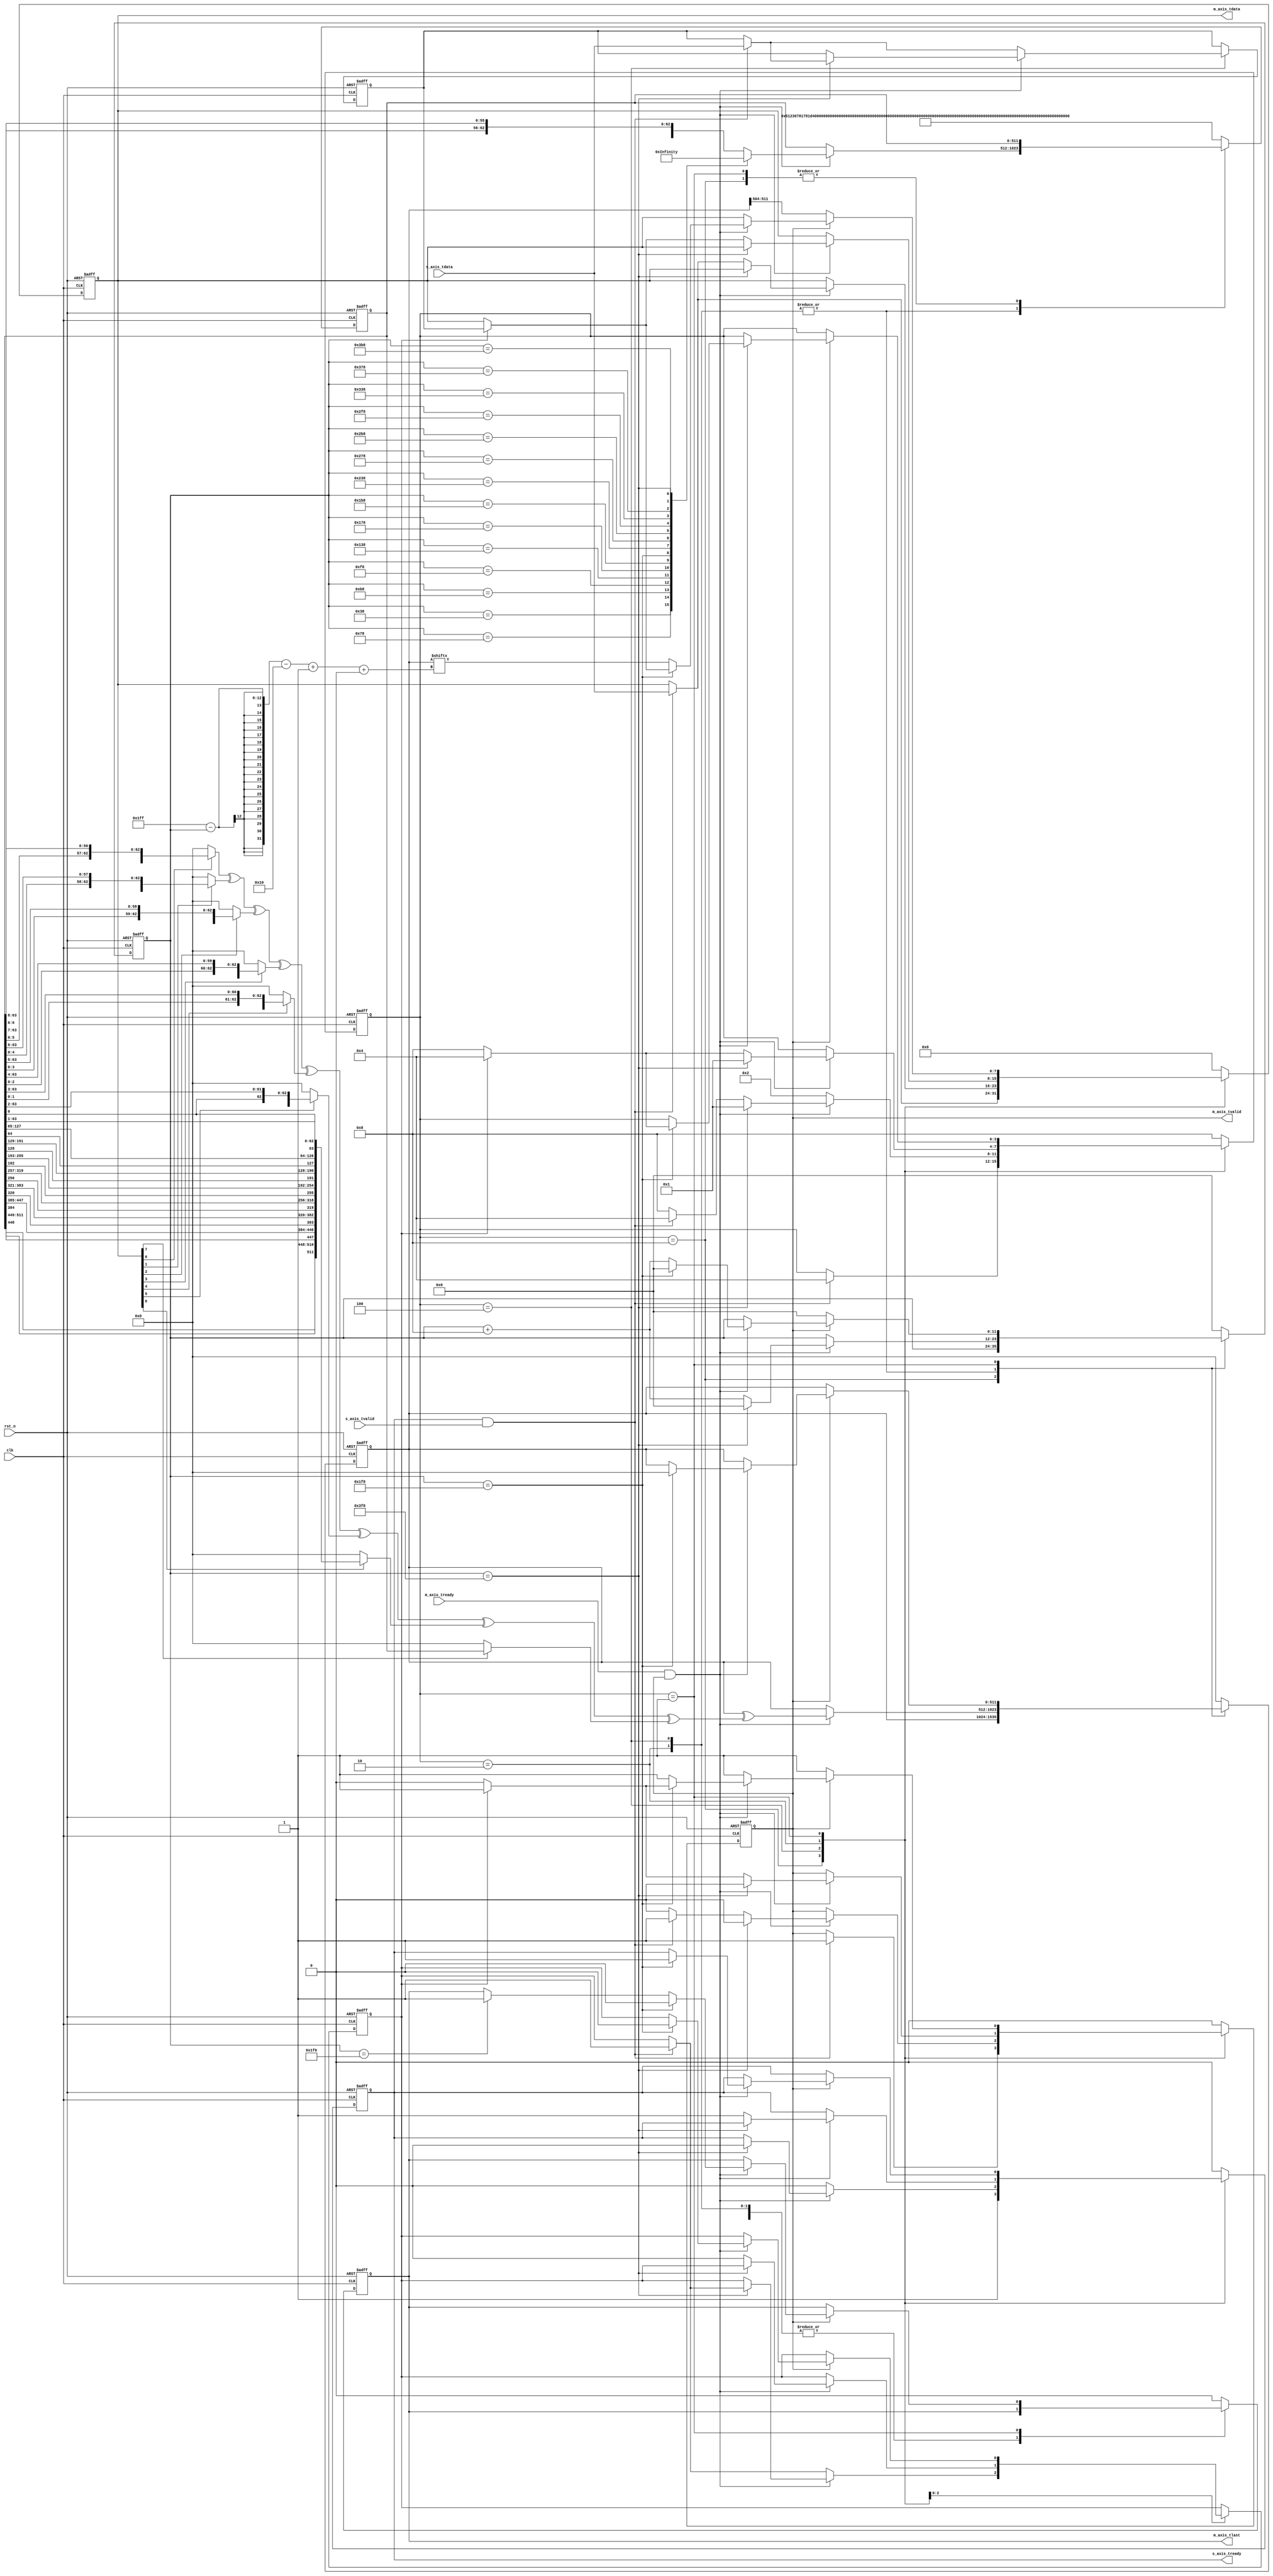
/*************************************************************/
//function: CCSDS-(1536,1024)LDPC
//Data    : 2024.1.24
//Version : V 1.0
/*************************************************************/
`timescale 1 ns / 1 ps

module encoder_1536_1024 (clk,rst_n,s_axis_tdata,s_axis_tvalid,s_axis_tready,m_axis_tdata,m_axis_tvalid,m_axis_tlast,m_axis_tready);
/************************************************************************************************/
parameter width = 8; /*12481632*/
localparam n = 1536;
localparam k = 1024;
localparam sub_size = 64;
localparam G1_1 = 64'h51236781781D416A;
localparam G1_2 = 64'hB0C8419FA21559A8;
localparam G1_3 = 64'h5F14E1E4D88726F1;
localparam G1_4 = 64'h762F6ED6CF32F06D;
localparam G1_5 = 64'h8ABFD971E17A0BE9;
localparam G1_6 = 64'hA5D147741B698D14;
localparam G1_7 = 64'h2A58AB30E2BC32D3;
localparam G1_8 = 64'h9F251FBC5DB8C768;
localparam G2_1 = 64'hD73C205BBEB231CB;
localparam G2_2 = 64'hCAB5EFF5B2C76C71;
localparam G2_3 = 64'hFA70FAD48828355F;
localparam G2_4 = 64'h68C6138FA5524A61;
localparam G2_5 = 64'hBB20031D7AA8FE69;
localparam G2_6 = 64'h432ADE446F49CE27;
localparam G2_7 = 64'h5E5DB9CCCEBD1326;
localparam G2_8 = 64'hE8782B1B01F2ABA2;
localparam G3_1 = 64'h4748E9513B41147A;
localparam G3_2 = 64'h17B1FBB78B4F914C;
localparam G3_3 = 64'h281F5680BA56DE50;
localparam G3_4 = 64'h74B0FB0817E33E2B;
localparam G3_5 = 64'hDD166CFB774B5959;
localparam G3_6 = 64'hAC7FDCEA4FECB5BE;
localparam G3_7 = 64'hED747C81B540D66A;
localparam G3_8 = 64'hB2A6A2039A87967F;
localparam G4_1 = 64'h4780DCB2DC5CBFAE;
localparam G4_2 = 64'h55BC8FF84EC89440;
localparam G4_3 = 64'hE5D411223F09979F;
localparam G4_4 = 64'hDDDE9D940A15A801;
localparam G4_5 = 64'h194064639D254969;
localparam G4_6 = 64'h1BE32DDC829B0032;
localparam G4_7 = 64'h1326515A22EE88A2;
localparam G4_8 = 64'h0EC664DD2D701891;
localparam G5_1 = 64'h69748DFE6372F2EF;
localparam G5_2 = 64'h15F3B0D400ACD68A;
localparam G5_3 = 64'hCF4144CE1FE2581C;
localparam G5_4 = 64'h79B1A55BA59E54AE;
localparam G5_5 = 64'h65A2B47EEBAB0CF3;
localparam G5_6 = 64'h24DD87572CB0F71D;
localparam G5_7 = 64'hF24ABF15590F4DA6;
localparam G5_8 = 64'h9C3BAE51969C6502;
localparam G6_1 = 64'hD3A714B60B22789B;
localparam G6_2 = 64'h3DF5504D80F54C5A;
localparam G6_3 = 64'h9D75CF1465031211;
localparam G6_4 = 64'h09834A0C9F659C99;
localparam G6_5 = 64'hB9241BDF76EB3788;
localparam G6_6 = 64'h6F927251C86DECF1;
localparam G6_7 = 64'h390BE9F5BBB93D05;
localparam G6_8 = 64'hC6F435BFA1FF96B6;
localparam G7_1 = 64'h222461B658DC3E91;
localparam G7_2 = 64'hB01DF2A2EAD2DAA6;
localparam G7_3 = 64'h5572EE6278F6F63A;
localparam G7_4 = 64'h17B63CB2FDA3B97F;
localparam G7_5 = 64'hB233BB259F3D83F7;
localparam G7_6 = 64'hF64760C774989384;
localparam G7_7 = 64'h46F57E03F55B1C0B;
localparam G7_8 = 64'h5AC8A6CEA05466C1;
localparam G8_1 = 64'hAE8825521F85CA31;
localparam G8_2 = 64'h37BEED74B5303407;
localparam G8_3 = 64'h751FC9A15FCEE486;
localparam G8_4 = 64'h93F0F69BD04E72A4;
localparam G8_5 = 64'hC0EBFA3F49DF4DBB;
localparam G8_6 = 64'h03E52D815DC99A1D;
localparam G8_7 = 64'h98FE8BF01BB2CD6D;
localparam G8_8 = 64'h009C5290D81A18F6;
localparam G9_1 = 64'h4FFBAD88545CAA95;
localparam G9_2 = 64'h0C74659FA4828CA3;
localparam G9_3 = 64'h60CE56E32DA28B2E;
localparam G9_4 = 64'h299D4BF82FE54B81;
localparam G9_5 = 64'h51047BE3B3AE4F4B;
localparam G9_6 = 64'hF3AC9578B9477A4C;
localparam G9_7 = 64'h3730F81F92767E11;
localparam G9_8 = 64'h04E84EC3A3AD1F19;
localparam G10_1 = 64'h2D0E0CAB8EDD2185;
localparam G10_2 = 64'hCEFBE8F2F538522A;
localparam G10_3 = 64'h92DAEDC22C441893;
localparam G10_4 = 64'hBCB999157B35619D;
localparam G10_5 = 64'h069951BFB90A08E1;
localparam G10_6 = 64'h54C7E270CBA1656E;
localparam G10_7 = 64'h7FBBB806B6A06FB3;
localparam G10_8 = 64'h7224943B1C3A5723;
localparam G11_1 = 64'h1BAA14752EFCEBC0;
localparam G11_2 = 64'hCFF0894975557623;
localparam G11_3 = 64'hFA95908DC3F34D48;
localparam G11_4 = 64'hFECA650999A26E91;
localparam G11_5 = 64'h245433EBBE9CDA13;
localparam G11_6 = 64'h5771EAFF9B02D8FC;
localparam G11_7 = 64'hBCEBCA573D3775C8;
localparam G11_8 = 64'h1E46F2B951D0EAAB;
localparam G12_1 = 64'h32942F7F4743DDF4;
localparam G12_2 = 64'h8FA2F60AD62095EF;
localparam G12_3 = 64'h80E4A736B5E1A3A3;
localparam G12_4 = 64'h0119062872DAEDF4;
localparam G12_5 = 64'hE78006958CD99F95;
localparam G12_6 = 64'hD20625057C99C7A3;
localparam G12_7 = 64'hB569736DE2167610;
localparam G12_8 = 64'h0E1C6183ADF09FD0;
localparam G13_1 = 64'hE5C492DBB48B319A;
localparam G13_2 = 64'hE2D83ADEFEBBDEFE;
localparam G13_3 = 64'hAA944EEA53C77DB3;
localparam G13_4 = 64'h0FAA85D9C13B1F73;
localparam G13_5 = 64'h8ACED57F3BE4E807;
localparam G13_6 = 64'h33CB72627624F426;
localparam G13_7 = 64'hA0C6E669B5C74980;
localparam G13_8 = 64'hABBAEFEA2D3B69AA;
localparam G14_1 = 64'hF8366DDAE56A6DDC;
localparam G14_2 = 64'hFDED5582F4EA6525;
localparam G14_3 = 64'h4C9628278ED17036;
localparam G14_4 = 64'h6E711B6D20A67966;
localparam G14_5 = 64'h3B28BDF004C21B93;
localparam G14_6 = 64'h1BC37B730FFC1786;
localparam G14_7 = 64'h5D20C81D345FE4B9;
localparam G14_8 = 64'h1D14A5663D369A93;
localparam G15_1 = 64'h5EBD4BD39B2217D0;
localparam G15_2 = 64'h56833BE1CDDBA6BC;
localparam G15_3 = 64'hB288169B4E3BB726;
localparam G15_4 = 64'hC2ED28FBFC395D1F;
localparam G15_5 = 64'h035B30C68F9A6B6F;
localparam G15_6 = 64'h539836A6E56A7B16;
localparam G15_7 = 64'hCEB1525C6ADB65A5;
localparam G15_8 = 64'h5F71754AA458B11A;
localparam G16_1 = 64'h0DB9D180B21C0B13;
localparam G16_2 = 64'h417D86C59DF33E49;
localparam G16_3 = 64'h183A8F6C44DAFA24;
localparam G16_4 = 64'h4E224C180C1F0B45;
localparam G16_5 = 64'hC93CD9CA23658555;
localparam G16_6 = 64'h7DDEC5E9451AD519;
localparam G16_7 = 64'hB122C72A6177EE99;
localparam G16_8 = 64'h1290B4C6B007D973;
/***********************************************************************************************************/
input clk;                             /**/
input rst_n;                           /**/

input [width-1:0] s_axis_tdata;        /**/
input s_axis_tvalid;                   /*,*/
output reg s_axis_tready;              /*,*/

output reg [width-1:0] m_axis_tdata;   /**/
output reg m_axis_tvalid;              /*,*/
output reg m_axis_tlast;               /*LDPC*/
input m_axis_tready;                   /*,*/



/************************************************LDPC************************************************/
localparam STATE_waiting_valid=4'b1000;  /*valid*/
localparam STATE_data_out=4'b0100;       /**/
localparam STATE_waiting_ready=4'b0010;  /*ready*/
localparam STATE_check_out=4'b0001;      /**/

reg [3:0] state;               /**/
reg [$clog2(n):0] in_out_cnt;  /*/*/
reg [n-k-1:0] g;               /**/
reg [n-k-1:0] check;           /**/
reg [width-1:0] s_tdata_reg;   /**/
reg reg_flag;                  /**/

wire [n-k-1:0] check_sub [width-1:0];
wire [n-k-1:0] check_reg;

assign check_sub[width-1]=m_axis_tdata[width-1]?g:0;
genvar i;
generate
for(i=0;i<=width-2;i=i+1)
begin
  assign check_sub[i]=m_axis_tdata[i]?({{g[sub_size*7+width-1-i-1:sub_size*7],g[sub_size*8-1:sub_size*7+width-1-i]},
                                        {g[sub_size*6+width-1-i-1:sub_size*6],g[sub_size*7-1:sub_size*6+width-1-i]},
                                        {g[sub_size*5+width-1-i-1:sub_size*5],g[sub_size*6-1:sub_size*5+width-1-i]},
                                        {g[sub_size*4+width-1-i-1:sub_size*4],g[sub_size*5-1:sub_size*4+width-1-i]},
                                        {g[sub_size*3+width-1-i-1:sub_size*3],g[sub_size*4-1:sub_size*3+width-1-i]},
                                        {g[sub_size*2+width-1-i-1:sub_size*2],g[sub_size*3-1:sub_size*2+width-1-i]},
                                        {g[sub_size*1+width-1-i-1:sub_size*1],g[sub_size*2-1:sub_size*1+width-1-i]},
                                        {g[sub_size*0+width-1-i-1:sub_size*0],g[sub_size*1-1:sub_size*0+width-1-i]}}):0;
end
endgenerate

generate
if(width==1)
  assign check_reg=check_sub[0];
else if(width==2)
  assign check_reg=check_sub[0]^check_sub[1];
else if(width==4)
  assign check_reg=check_sub[0]^check_sub[1]^check_sub[2]^check_sub[3];
else if(width==8)
  assign check_reg=check_sub[0]^check_sub[1]^check_sub[2]^check_sub[3]^check_sub[4]^check_sub[5]^check_sub[6]^check_sub[7];
else if(width==16)
  assign check_reg=check_sub[0]^check_sub[1]^check_sub[2]^check_sub[3]^check_sub[4]^check_sub[5]^check_sub[6]^check_sub[7]^check_sub[8]^check_sub[9]^check_sub[10]^check_sub[11]^check_sub[12]^check_sub[13]^check_sub[14]^check_sub[15];
else
  assign check_reg=check_sub[0]^check_sub[1]^check_sub[2]^check_sub[3]^check_sub[4]^check_sub[5]^check_sub[6]^check_sub[7]^check_sub[8]^check_sub[9]^check_sub[10]^check_sub[11]^check_sub[12]^check_sub[13]^check_sub[14]^check_sub[15]^check_sub[16]^check_sub[17]^check_sub[18]^check_sub[19]^check_sub[20]^check_sub[21]^check_sub[22]^check_sub[23]^check_sub[24]^check_sub[25]^check_sub[26]^check_sub[27]^check_sub[28]^check_sub[29]^check_sub[30]^check_sub[31];
endgenerate

always@(posedge clk or negedge rst_n)
begin
  if(!rst_n)
    begin
      in_out_cnt<=0;
      g<={G1_1,G1_2,G1_3,G1_4,G1_5,G1_6,G1_7,G1_8};
      check<=0;
      s_axis_tready<=0;
      s_tdata_reg<=0;
      reg_flag<=0;
      m_axis_tdata<=0;
      m_axis_tvalid<=0;
      m_axis_tlast<=0;
      state<=STATE_waiting_valid;
    end
  else
    begin
      case(state)
        STATE_waiting_valid : begin
                                s_axis_tready<=1;
                                if(s_axis_tready&&s_axis_tvalid) /*valid*/
                                  begin
                                    m_axis_tdata<=s_axis_tdata;
                                    m_axis_tvalid<=1;
                                    state<=STATE_data_out;
                                  end
                              end

        STATE_data_out : begin
                           if(m_axis_tready&&m_axis_tvalid)
                             begin
                               check<=check^check_reg; /**/
                               if(in_out_cnt==k-width) /**/
                                 begin
                                   in_out_cnt<=0;
                                   s_axis_tready<=0;
                                   m_axis_tdata<=m_axis_tdata;
                                   m_axis_tvalid<=0;
                                   state<=STATE_check_out;
                                   if(s_axis_tready&&s_axis_tvalid) /*,;,*/
                                     begin
                                       s_tdata_reg<=s_axis_tdata;
                                       reg_flag<=1;
                                     end
                                 end
                               else
                                 begin
                                   in_out_cnt<=in_out_cnt+width;
                                   if(s_axis_tready&&s_axis_tvalid) /*,,*/
                                     begin
                                       m_axis_tdata<=s_axis_tdata;
                                       m_axis_tvalid<=1;
                                       state<=STATE_data_out;
                                     end
                                   else
                                     begin
                                       m_axis_tdata<=m_axis_tdata;
                                       m_axis_tvalid<=0;
                                       state<=STATE_waiting_valid;
                                     end
                                 end
                               case(in_out_cnt)
                                 sub_size*1-width : g<={G2_1,G2_2,G2_3,G2_4,G2_5,G2_6,G2_7,G2_8};
                                 sub_size*2-width : g<={G3_1,G3_2,G3_3,G3_4,G3_5,G3_6,G3_7,G3_8};
                                 sub_size*3-width : g<={G4_1,G4_2,G4_3,G4_4,G4_5,G4_6,G4_7,G4_8};
                                 sub_size*4-width : g<={G5_1,G5_2,G5_3,G5_4,G5_5,G5_6,G5_7,G5_8};
                                 sub_size*5-width : g<={G6_1,G6_2,G6_3,G6_4,G6_5,G6_6,G6_7,G6_8};
                                 sub_size*6-width : g<={G7_1,G7_2,G7_3,G7_4,G7_5,G7_6,G7_7,G7_8};
                                 sub_size*7-width : g<={G8_1,G8_2,G8_3,G8_4,G8_5,G8_6,G8_7,G8_8};
                                 sub_size*8-width : g<={G9_1,G9_2,G9_3,G9_4,G9_5,G9_6,G9_7,G9_8};
                                 sub_size*9-width : g<={G10_1,G10_2,G10_3,G10_4,G10_5,G10_6,G10_7,G10_8};
                                 sub_size*10-width: g<={G11_1,G11_2,G11_3,G11_4,G11_5,G11_6,G11_7,G11_8};
                                 sub_size*11-width: g<={G12_1,G12_2,G12_3,G12_4,G12_5,G12_6,G12_7,G12_8};
                                 sub_size*12-width: g<={G13_1,G13_2,G13_3,G13_4,G13_5,G13_6,G13_7,G13_8};
                                 sub_size*13-width: g<={G14_1,G14_2,G14_3,G14_4,G14_5,G14_6,G14_7,G14_8};
                                 sub_size*14-width: g<={G15_1,G15_2,G15_3,G15_4,G15_5,G15_6,G15_7,G15_8};
                                 sub_size*15-width: g<={G16_1,G16_2,G16_3,G16_4,G16_5,G16_6,G16_7,G16_8};
                                 sub_size*16-width: g<={G1_1,G1_2,G1_3,G1_4,G1_5,G1_6,G1_7,G1_8};
                                 default : g<={{g[sub_size*7+width-1:sub_size*7],g[sub_size*8-1:sub_size*7+width]},
                                               {g[sub_size*6+width-1:sub_size*6],g[sub_size*7-1:sub_size*6+width]},
                                               {g[sub_size*5+width-1:sub_size*5],g[sub_size*6-1:sub_size*5+width]},
                                               {g[sub_size*4+width-1:sub_size*4],g[sub_size*5-1:sub_size*4+width]},
                                               {g[sub_size*3+width-1:sub_size*3],g[sub_size*4-1:sub_size*3+width]},
                                               {g[sub_size*2+width-1:sub_size*2],g[sub_size*3-1:sub_size*2+width]},
                                               {g[sub_size*1+width-1:sub_size*1],g[sub_size*2-1:sub_size*1+width]},
                                               {g[sub_size*0+width-1:sub_size*0],g[sub_size*1-1:sub_size*0+width]}
                                              };
                               endcase
                             end
                           else /*,*/
                             begin
                               s_axis_tready<=0;
                               state<=STATE_waiting_ready;
                               if(s_axis_tready&&s_axis_tvalid) /*,,,*/
                                 begin
                                   s_tdata_reg<=s_axis_tdata;
                                   reg_flag<=1;
                                 end
                             end
                         end
      
        STATE_waiting_ready : begin
                                if(m_axis_tready&&m_axis_tvalid)
                                  begin
                                    check<=check^check_reg;
                                    if(in_out_cnt==k-width)
                                      begin
                                        in_out_cnt<=0;
                                        m_axis_tdata<=m_axis_tdata;
                                        m_axis_tvalid<=0;
                                        state<=STATE_check_out;
                                      end
                                    else
                                      begin
                                        in_out_cnt<=in_out_cnt+width;
                                        s_axis_tready<=1;
                                        if(reg_flag==0)
                                          begin
                                            m_axis_tdata<=m_axis_tdata;
                                            m_axis_tvalid<=0;
                                            state<=STATE_waiting_valid;
                                          end
                                        else
                                          begin
                                            reg_flag<=0;
                                            m_axis_tdata<=s_tdata_reg;
                                            m_axis_tvalid<=1;
                                            state<=STATE_data_out;
                                          end
                                      end
                                    case(in_out_cnt)
                                      sub_size*1-width : g<={G2_1,G2_2,G2_3,G2_4,G2_5,G2_6,G2_7,G2_8};
                                      sub_size*2-width : g<={G3_1,G3_2,G3_3,G3_4,G3_5,G3_6,G3_7,G3_8};
                                      sub_size*3-width : g<={G4_1,G4_2,G4_3,G4_4,G4_5,G4_6,G4_7,G4_8};
                                      sub_size*4-width : g<={G5_1,G5_2,G5_3,G5_4,G5_5,G5_6,G5_7,G5_8};
                                      sub_size*5-width : g<={G6_1,G6_2,G6_3,G6_4,G6_5,G6_6,G6_7,G6_8};
                                      sub_size*6-width : g<={G7_1,G7_2,G7_3,G7_4,G7_5,G7_6,G7_7,G7_8};
                                      sub_size*7-width : g<={G8_1,G8_2,G8_3,G8_4,G8_5,G8_6,G8_7,G8_8};
                                      sub_size*8-width : g<={G9_1,G9_2,G9_3,G9_4,G9_5,G9_6,G9_7,G9_8};
                                      sub_size*9-width : g<={G10_1,G10_2,G10_3,G10_4,G10_5,G10_6,G10_7,G10_8};
                                      sub_size*10-width: g<={G11_1,G11_2,G11_3,G11_4,G11_5,G11_6,G11_7,G11_8};
                                      sub_size*11-width: g<={G12_1,G12_2,G12_3,G12_4,G12_5,G12_6,G12_7,G12_8};
                                      sub_size*12-width: g<={G13_1,G13_2,G13_3,G13_4,G13_5,G13_6,G13_7,G13_8};
                                      sub_size*13-width: g<={G14_1,G14_2,G14_3,G14_4,G14_5,G14_6,G14_7,G14_8};
                                      sub_size*14-width: g<={G15_1,G15_2,G15_3,G15_4,G15_5,G15_6,G15_7,G15_8};
                                      sub_size*15-width: g<={G16_1,G16_2,G16_3,G16_4,G16_5,G16_6,G16_7,G16_8};
                                      sub_size*16-width: g<={G1_1,G1_2,G1_3,G1_4,G1_5,G1_6,G1_7,G1_8};
                                      default : g<={{g[sub_size*7+width-1:sub_size*7],g[sub_size*8-1:sub_size*7+width]},
                                                    {g[sub_size*6+width-1:sub_size*6],g[sub_size*7-1:sub_size*6+width]},
                                                    {g[sub_size*5+width-1:sub_size*5],g[sub_size*6-1:sub_size*5+width]},
                                                    {g[sub_size*4+width-1:sub_size*4],g[sub_size*5-1:sub_size*4+width]},
                                                    {g[sub_size*3+width-1:sub_size*3],g[sub_size*4-1:sub_size*3+width]},
                                                    {g[sub_size*2+width-1:sub_size*2],g[sub_size*3-1:sub_size*2+width]},
                                                    {g[sub_size*1+width-1:sub_size*1],g[sub_size*2-1:sub_size*1+width]},
                                                    {g[sub_size*0+width-1:sub_size*0],g[sub_size*1-1:sub_size*0+width]}
                                                   };
                                    endcase
                                  end
                              end

        STATE_check_out : begin
                            if(!m_axis_tvalid)
                              begin
                                in_out_cnt<=0;
                                m_axis_tdata<=check[n-k-1:n-k-width];
                                m_axis_tvalid<=1;
                              end
                            else if(m_axis_tready&&m_axis_tvalid)
                              begin
                                if(in_out_cnt==n-k-width)
                                  begin
                                    in_out_cnt<=0;
                                    check<=0;
                                    s_axis_tready<=1;
                                    m_axis_tlast<=0;
                                    if(reg_flag)
                                      begin
                                        m_axis_tdata<=s_tdata_reg;
                                        reg_flag<=0;
                                        state<=STATE_data_out;
                                      end
                                    else
                                      begin
                                        m_axis_tdata<=m_axis_tdata;
                                        m_axis_tvalid<=0;
                                        state<=STATE_waiting_valid;
                                      end
                                  end
                                else if(in_out_cnt==n-k-2*width)
                                  begin
                                    in_out_cnt<=in_out_cnt+width;
                                    m_axis_tdata<=check[(n-k-1-in_out_cnt-width*2+1) +: width];
                                    m_axis_tlast<=1;
                                  end
                                else
                                  begin
                                    in_out_cnt<=in_out_cnt+width;
                                    m_axis_tdata<=check[(n-k-1-in_out_cnt-width*2+1) +: width];
                                  end
                              end
                          end
                          
        default : begin
                    in_out_cnt<=0;
                    g<={G1_1,G1_2,G1_3,G1_4,G1_5,G1_6,G1_7,G1_8};
                    check<=0;
                    s_axis_tready<=0;
                    m_axis_tdata<=0;
                    m_axis_tvalid<=0;
                    m_axis_tlast<=0;
                    state<=STATE_waiting_valid;            
                  end
      endcase
    end
end
/***********************************************************************************************************/

endmodule